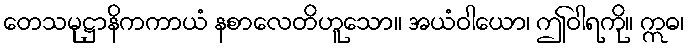
တေသမုဋ္ဌာနိကကာယံ နစာလေတိဟူသော။ အယံဝါယော၊ ဤဝါရကို။ ဣဓ၊